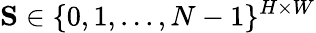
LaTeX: \mathbf{S}\in\{ 0,1,...,N-1\} ^{H\times W}